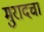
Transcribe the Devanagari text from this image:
मुरादचा